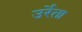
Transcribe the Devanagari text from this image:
उर्रेता